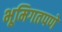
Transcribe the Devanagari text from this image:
भूमिगतपणे